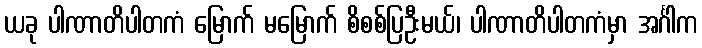
ယခု ပါဏာတိပါတကံ မြောက် မမြောက် စိစစ်ပြဦးမယ်၊ ပါဏာတိပါတကံမှာ အင်္ဂါက